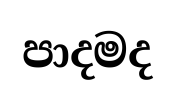
පාදමද